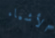
الأشياء